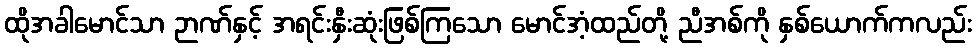
ထိုအခါမောင်သာ ဉာဏ်နှင့် အရင်းနှီးဆုံးဖြစ်ကြသော မောင်အံ့ထည်တို့ ညီအစ်ကို နှစ်ယောက်ကလည်း